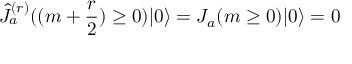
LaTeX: \hat { J } _ { a } ^ { ( r ) } ( ( m + \frac { r } { 2 } ) \geq 0 ) | 0 \rangle = J _ { a } ( m \geq 0 ) | 0 \rangle = 0